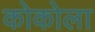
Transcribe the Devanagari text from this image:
कोकोला